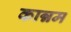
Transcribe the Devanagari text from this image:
कान्नम